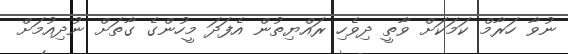
ނުވާ ހަރާމް ކަމަކަށް ވާތީ ދިވެހި ރައްޔިތުން އެފަދަ މީހުންގެ ގާތަށް ނުދިއުމަށް